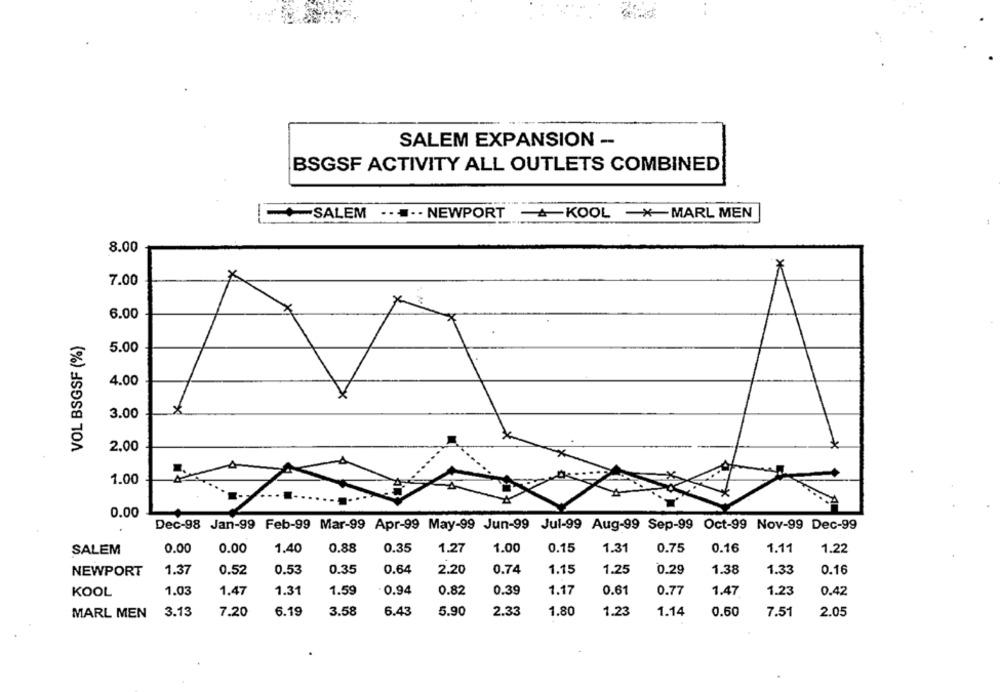
SALEM EXPANSION -
BSGSF ACTIVITY ALL OUTLETS COMBINED
SALEM
..... NEWPORT -- KOOL -MARL MEN
8.00
7.00
6.00
VOL BSGSF (%)
5.00
4.00
3.00
2.00
1.00
0.00
Dec-98 Jan-99 Feb-99 Mar-99 Apr-99 May-99 Jun-99 Jul-99 Aug-99 Sep-99 Oct-99 Nov-99 Dec-99
SALEM
0.00
0.00
1.40
0.88
0.35
1.27
1.00
0.15
1.31
0.75
0.16
1.11
1.22
NEWPORT
1.37
0.52
0.53
0.35
0.64
2.20
0.74
1.15
1.25
0.29
1.38
1.33
0.16
KOOL
1.03
1.47
1.31
1.59
0.94
0.82
0.39
1.17
0.61
0.77
1.47
1.23
0.42
MARL MEN
3.13
7.20
6.19
3.58
6.43
5.90
2.33
1.80
1.23
1.14
0.60
7.51
2.05